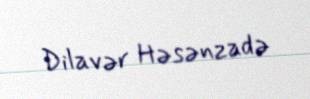
Dilavər Həsənzadə